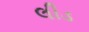
લીડ